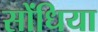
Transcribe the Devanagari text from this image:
सोंधिया